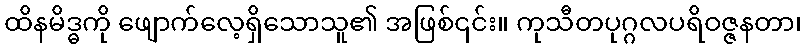
ထိနမိဒ္ဓကို ဖျောက်လေ့ရှိသောသူ၏ အဖြစ်၎င်း။ ကုသီတပုဂ္ဂလပရိဝဇ္ဇနတာ၊